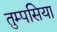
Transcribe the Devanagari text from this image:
तुम्पसिया